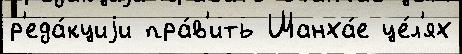
р'еда́кциjи пра́в'ить Шанха́е це́л'ях